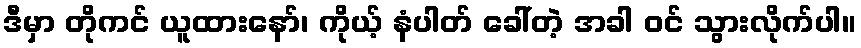
ဒီမှာ တိုကင် ယူထားနော်၊ ကိုယ့် နံပါတ် ခေါ်တဲ့ အခါ ဝင် သွားလိုက်ပါ။